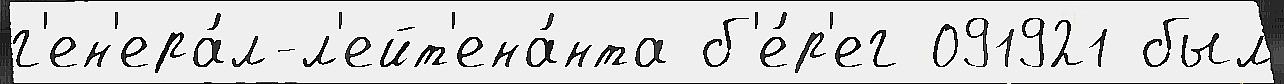
г'ен'ера́л-л'ейт'ена́нта б'е́р'ег 091921 был